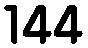
144